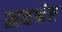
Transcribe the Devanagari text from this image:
स्रवश्रेष्ट